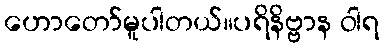
ဟောတော်မူပါတယ်။ပရိနိဗ္ဗာန ဝါရ